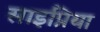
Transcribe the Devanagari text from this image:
साइप्रिया